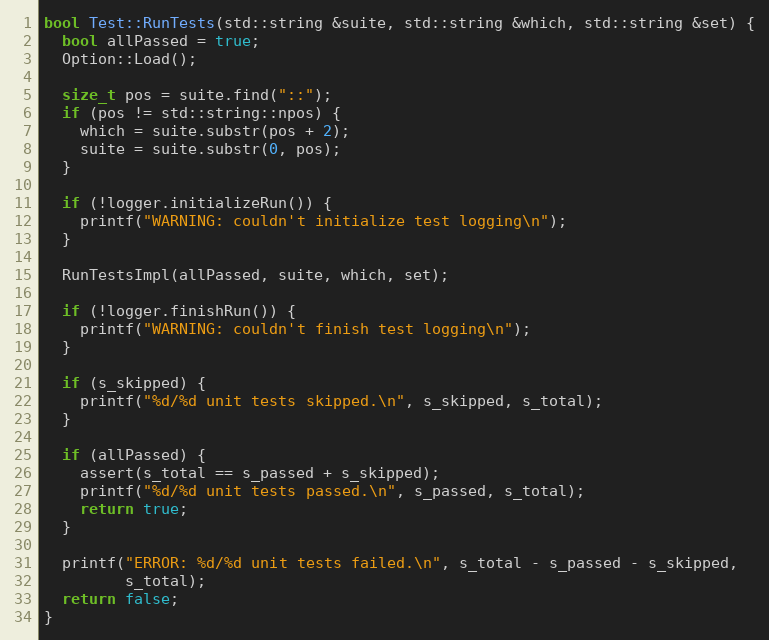
Language: C++
bool Test::RunTests(std::string &suite, std::string &which, std::string &set) {
  bool allPassed = true;
  Option::Load();

  size_t pos = suite.find("::");
  if (pos != std::string::npos) {
    which = suite.substr(pos + 2);
    suite = suite.substr(0, pos);
  }

  if (!logger.initializeRun()) {
    printf("WARNING: couldn't initialize test logging\n");
  }

  RunTestsImpl(allPassed, suite, which, set);

  if (!logger.finishRun()) {
    printf("WARNING: couldn't finish test logging\n");
  }

  if (s_skipped) {
    printf("%d/%d unit tests skipped.\n", s_skipped, s_total);
  }

  if (allPassed) {
    assert(s_total == s_passed + s_skipped);
    printf("%d/%d unit tests passed.\n", s_passed, s_total);
    return true;
  }

  printf("ERROR: %d/%d unit tests failed.\n", s_total - s_passed - s_skipped,
         s_total);
  return false;
}